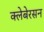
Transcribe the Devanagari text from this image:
क्लेबेरसन